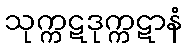
သုက္ကဋဒုက္ကဋာနံ